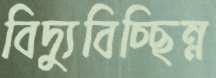
বিদ্যুবিচ্ছিন্ন